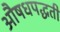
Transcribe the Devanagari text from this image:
औषधपद्धती